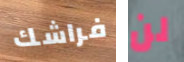
فراشك لن